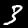
Digit: 3